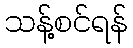
သန့်စင်ရန်